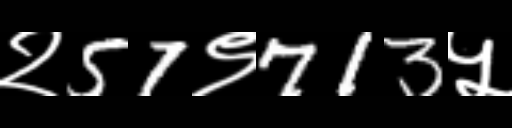
Text: २57९713५